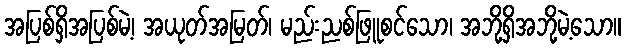
အပြစ်ရှိအပြစ်မဲ့၊ အယုတ်အမြတ်၊ မည်းညစ်ဖြူစင်သော၊ အဘို့ရှိအဘို့မဲ့သော။